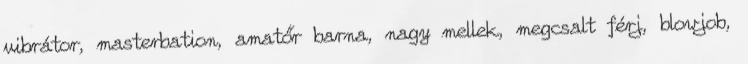
vibrátor, masterbation, amatőr barna, nagy mellek, megcsalt férj, blowjob,